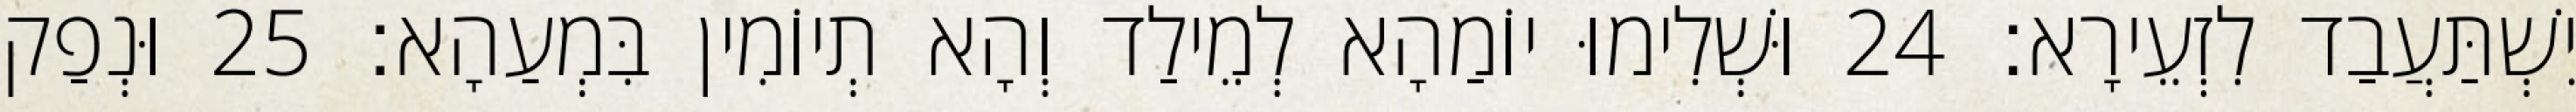
יִשְׁתַּעֲבַד לִזְעֵירָא׃ 24 וּשְׁלִימוּ יוֹמַהָא לְמֵילַד וְהָא תְיוֹמִין בִּמְעַהָא׃ 25 וּנְפַק